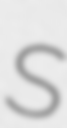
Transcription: S